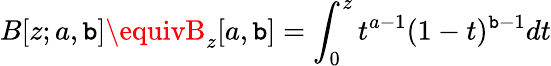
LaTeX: B[z;a,\mathtt{b}]\equivB_{z}[a,\mathtt{b}]=\int_{0}^{z}t^{a-1}(1-t)^{\mathtt{b}-1}dt